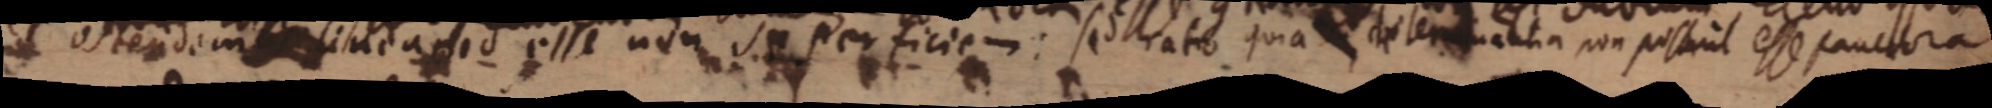
ostendem linea id esse non superficiem: sed ratio quia determinantia non possunt esse sanctora